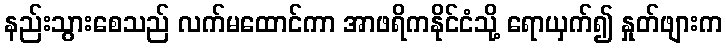
နည်းသွားစေသည် လက်မထောင်ကာ အာဖရိကနိုင်ငံသို့ ရောယှက်၍ နှုတ်ဖျားက